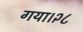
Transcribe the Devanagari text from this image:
गया।२८